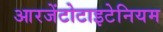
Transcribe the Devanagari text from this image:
आरजेंटोटाइटेनियम